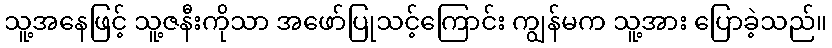
သူ့အနေဖြင့် သူ့ဇနီးကိုသာ အဖော်ပြုသင့်ကြောင်း ကျွန်မက သူ့အား ပြောခဲ့သည်။